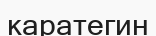
каратегин